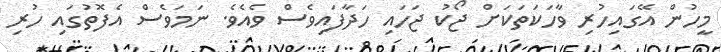
މީހުން އޭގައިހުރި ވާހަކަތަކަށް ޖޯކު ޖަހައި ހަދާފައިވެސް ވެއެވެ. ނަމަވެސް އެފޮތުގައި ހުރި